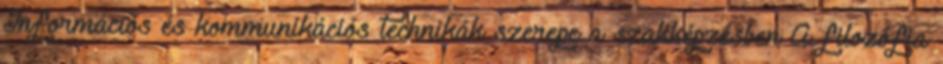
Információs és kommunikációs technikák szerepe a szakképzésben A filozófia